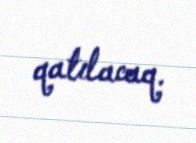
qatılacaq.